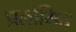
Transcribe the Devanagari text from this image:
प्रलोमित